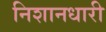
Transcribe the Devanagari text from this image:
निशानधारी